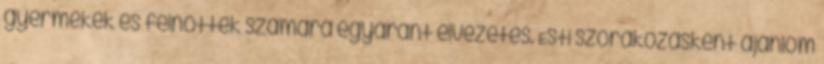
gyermekek és felnőttek számára egyaránt élvezetes. Esti szórákozásként ajánlom